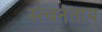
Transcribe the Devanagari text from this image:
स्त्वनंताय